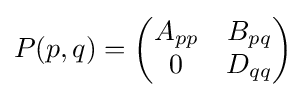
\displaystyle {P(p,q)={\begin{pmatrix}A_{pp}&B_{pq}\\0&D_{qq}\end{pmatrix}}}